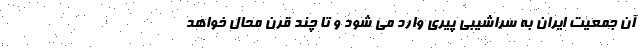
آن جمعیت ایران به سراشیبی پیری وارد می شود و تا چند قرن محال خواهد